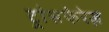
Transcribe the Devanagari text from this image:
ट्रांसफेरेज़